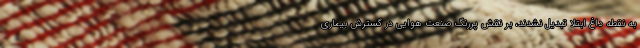
به نقطه داغ ابتلا تبدیل نشدند، بر نقش پررنگ صنعت هوایی در گسترش بیماری